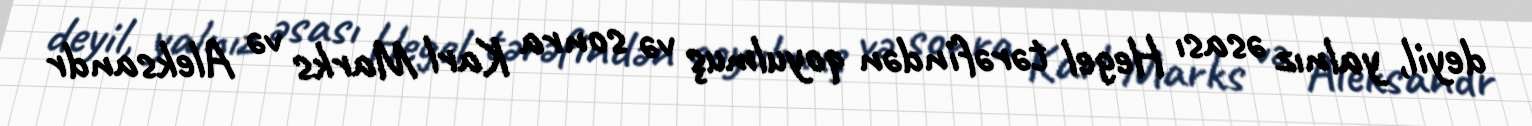
deyil, yalnız əsası Hegel tərəfindən qoyulmuş və sonra Karl Marks və Aleksandr